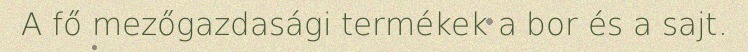
A fő mezőgazdasági termékek a bor és a sajt.